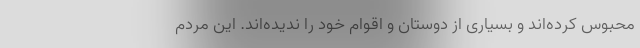
محبوس کرده‌اند و بسیاری از دوستان و اقوام خود را ندیده‌اند. این مردم